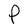
Character: P